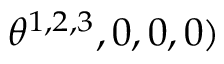
\theta ^ { 1 , 2 , 3 } , 0 , 0 , 0 )